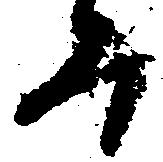
み